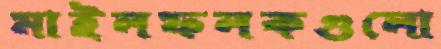
মাইলফলকগুলো